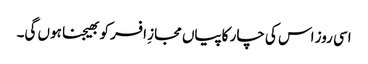
اسی روز اس کی چار کاپیاں مجازِ افسر کو بھیجنا ہوں گی۔